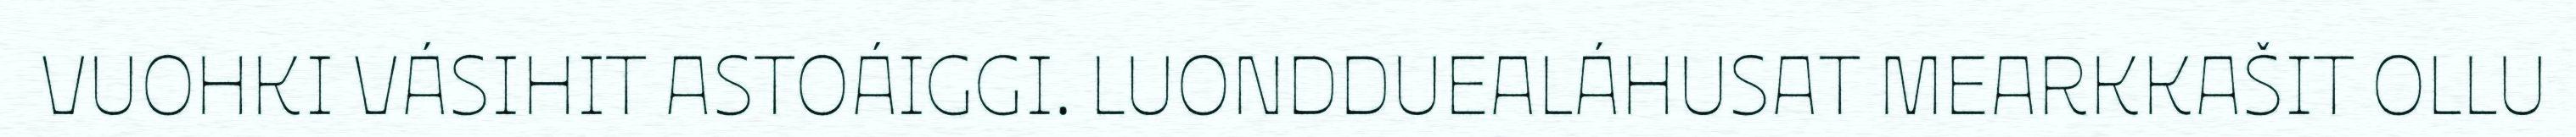
VUOHKI VÁSIHIT ASTOÁIGGI. LUONDDUEALÁHUSAT MEARKKAŠIT OLLU